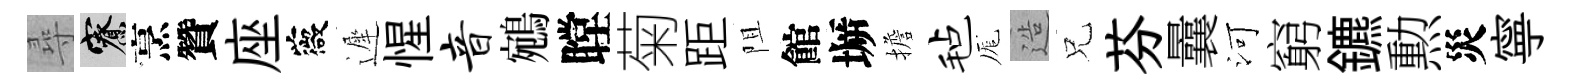
尋寮烹贊座薇遲惺音鵷瞠菊距阻館󶱲擔毡厖造兄芬曩河窮鑣勲災寧